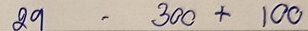
29 - 300 + 100